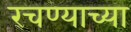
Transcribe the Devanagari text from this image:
रचण्याच्या